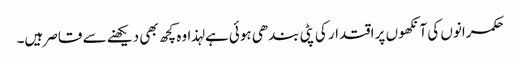
حکمرانوں کی آنکھوں پر اقتدار کی پٹی بندھی ہوئی ہے لہذا وہ کچھ بھی دیکھنے سے قاصر ہیں۔